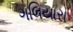
ગલિયારા